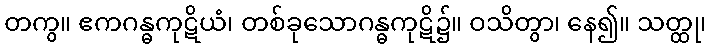
တကွ။ ဧကဂန္ဓကုဋိယံ၊ တစ်ခုသောဂန္ဓကုဋိ၌။ ဝသိတွာ၊ နေ၍။ သတ္ထု၊